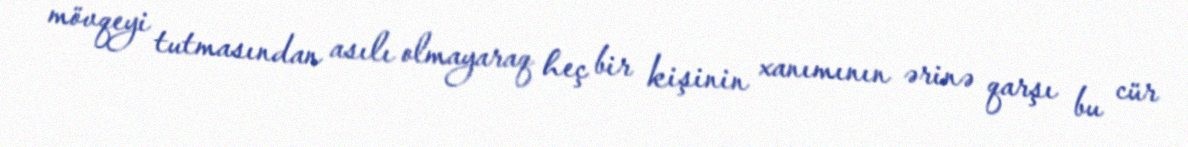
mövqeyi tutmasından asılı olmayaraq heç bir kişinin xanımının ərinə qarşı bu cür